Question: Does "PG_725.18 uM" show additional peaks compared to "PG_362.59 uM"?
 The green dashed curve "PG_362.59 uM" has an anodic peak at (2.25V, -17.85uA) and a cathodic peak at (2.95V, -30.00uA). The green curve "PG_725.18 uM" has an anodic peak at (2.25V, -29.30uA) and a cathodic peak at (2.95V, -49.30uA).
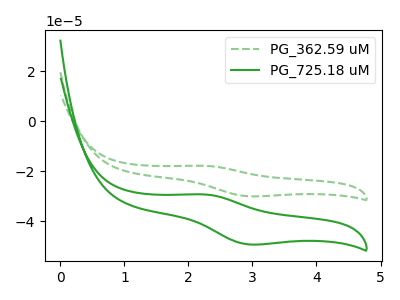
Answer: <think>All the peaks in "PG_725.18 uM" have a peak in "PG_362.59 uM" at the same potential.
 </think>
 <answer>No, "PG_725.18 uM" and "PG_362.59 uM" don't appear to be significantly different in shape</answer>
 <eval>no_change</eval>